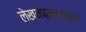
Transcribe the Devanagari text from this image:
लेखनप्रकारांनुसार